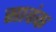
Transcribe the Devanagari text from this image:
सावंक